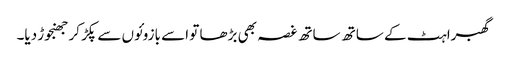
گھبراہٹ کے ساتھ ساتھ غصہ بھی بڑھا تو اسے بازوئوں سے پکڑ کر جھنجوڑ دیا۔